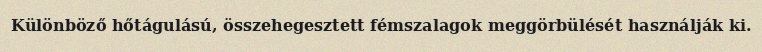
Különböző hőtágulású, összehegesztett fémszalagok meggörbülését használják ki.